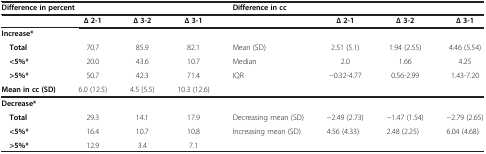
| <COLSPAN=4> Difference in percent | <COLSPAN=4> Difference in cc |
 |  | ∆ 2-1 | ∆ 3-2 | ∆ 3-1 |  | ∆ 2-1 | ∆ 3-2 | ∆ 3-1 |
 | --- | --- | --- | --- | --- | --- | --- | --- |
 | Increase* |  |  |  |  |  |  |  |
 | Total | 70.7 | 85.9 | 82.1 | Mean (SD) | 2.51 (5.1) | 1.94 (2.55) | 4.46 (5.54) |
 | <5%* | 20.0 | 43.6 | 10.7 | Median | 2.0 | 1.66 | 4.25 |
 | >5%* | 50.7 | 42.3 | 71.4 | IQR | −0.32-4.77 | 0.56-2.99 | 1.43-7.20 |
 | Mean in cc (SD) | 6.0 (12.5) | 4.5 (5.5) | 10.3 (12.6) |  |  |  |  |
 | Decrease* |  |  |  |  |  |  |  |
 | Total | 29.3 | 14.1 | 17.9 | Decreasing mean (SD) | −2.49 (2.73) | −1.47 (1.54) | −2.79 (2.65) |
 | <5%* | 16.4 | 10.7 | 10.8 | Increasing mean (SD) | 4.56 (4.33) | 2.48 (2.25) | 6.04 (4.68) |
 | >5%* | 12.9 | 3.4 | 7.1 |  |  |  |  |